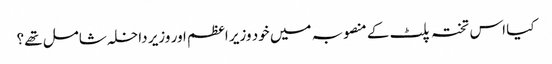
کیا اس تختہ پلٹ کے منصوبہ میں خود وزیر اعظم اور وزیر داخلہ شامل تھے؟